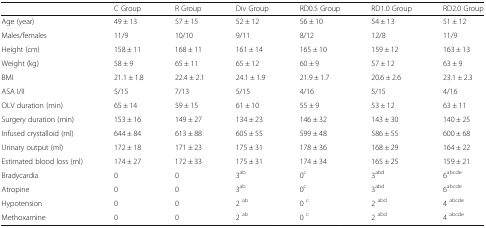
|  | C Group | R Group | Div Group | RD0.5 Group | RD1.0 Group | RD2.0 Group |
 | --- | --- | --- | --- | --- | --- | --- |
 | Age (year) | 49 ± 13 | 57 ± 15 | 52 ± 12 | 56 ± 10 | 54 ± 13 | 51 ± 12 |
 | Males/females | 11/9 | 10/10 | 9/11 | 8/12 | 12/8 | 11/9 |
 | Height (cm) | 158 ± 11 | 168 ± 11 | 161 ± 14 | 165 ± 10 | 159 ± 12 | 163 ± 13 |
 | Weight (kg) | 58 ± 9 | 65 ± 11 | 65 ± 12 | 60 ± 9 | 57 ± 12 | 63 ± 9 |
 | BMI | 21.1 ± 1.8 | 22.4 ± 2.1 | 24.1 ± 1.9 | 21.9 ± 1.7 | 20.6 ± 2.6 | 23.1 ± 2.3 |
 | ASA I/II | 5/15 | 7/13 | 5/15 | 4/16 | 5/15 | 4/16 |
 | OLV duration (min) | 65 ± 14 | 59 ± 15 | 61 ± 10 | 55 ± 9 | 53 ± 12 | 63 ± 11 |
 | Surgery duration (min) | 153 ± 16 | 149 ± 27 | 134 ± 23 | 146 ± 32 | 143 ± 30 | 140 ± 25 |
 | Infused crystalloid (ml) | 644 ± 84 | 613 ± 88 | 605 ± 55 | 599 ± 48 | 586 ± 55 | 600 ± 68 |
 | Urinary output (ml) | 172 ± 18 | 171 ± 23 | 175 ± 31 | 178 ± 36 | 168 ± 29 | 164 ± 22 |
 | Estimated blood loss (ml) | 174 ± 27 | 172 ± 33 | 175 ± 31 | 174 ± 34 | 165 ± 25 | 159 ± 21 |
 | Bradycardia | 0 | 0 | 3ab | 0c | 3abd | 6abcde |
 | Atropine | 0 | 0 | 3ab | 0c | 3abd | 6abcde |
 | Hypotension | 0 | 0 | 2 ab | 0 c | 2 abd | 4 abcde |
 | Methoxamine | 0 | 0 | 2 ab | 0 c | 2 abd | 4 abcde |